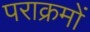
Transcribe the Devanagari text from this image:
पराक्रमों